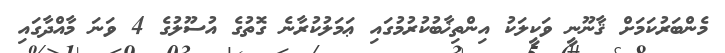
މެންބަރުކަމަށް ޤާނޫނީ ވަކީލަކު އިންތިޚާބުކުރުމުގައި ޢަމަލުކުރާނެ ގޮތުގެ އުސޫލުގެ 4 ވަނަ މާއްދާގައި